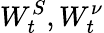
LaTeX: W_{t}^{S},W_{t}^{\nu}